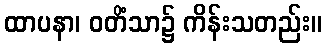
ထာပနာ၊ ဝတိံသာ၌ ကိန်းသတည်း။